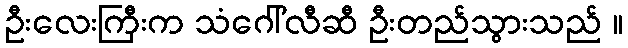
ဦးလေးကြီးက သံဂေါ်လီဆီ ဦးတည်သွားသည် ။